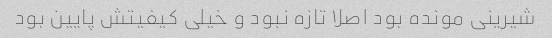
شیرینی مونده بود اصلا تازه نبود و خیلی کیفیتش پایین بود